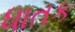
ધાતક